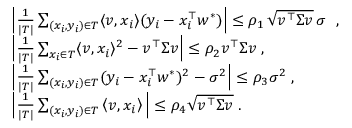
\begin{array} { r l } & { \Big | \frac { 1 } { | T | } \sum _ { ( x _ { i } , y _ { i } ) \in T } \langle v , x _ { i } \rangle ( y _ { i } - x _ { i } ^ { \top } w ^ { * } ) \Big | \leq \rho _ { 1 } \, \sqrt { v ^ { \top } \Sigma v } \, \sigma \; \mathrm { ~ , ~ } } \\ & { \Big | \frac { 1 } { | T | } \sum _ { x _ { i } \in T } \langle v , x _ { i } \rangle ^ { 2 } - v ^ { \top } \Sigma v \Big | \leq \rho _ { 2 } v ^ { \top } \Sigma v \; , } \\ & { \Big | \frac { 1 } { | T | } \sum _ { ( x _ { i } , y _ { i } ) \in T } ( y _ { i } - x _ { i } ^ { \top } w ^ { * } ) ^ { 2 } - \sigma ^ { 2 } \Big | \leq \rho _ { 3 } \sigma ^ { 2 } \; , } \\ & { \Big | \frac { 1 } { | T | } \sum _ { ( x _ { i } , y _ { i } ) \in T } \left\langle v , x _ { i } \right\rangle \Big | \leq \rho _ { 4 } \sqrt { v ^ { \top } \Sigma v } \; . } \end{array}